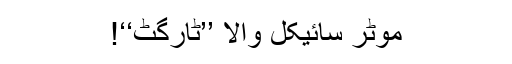
موٹر سائیکل والا ’’ٹارگٹ‘‘!